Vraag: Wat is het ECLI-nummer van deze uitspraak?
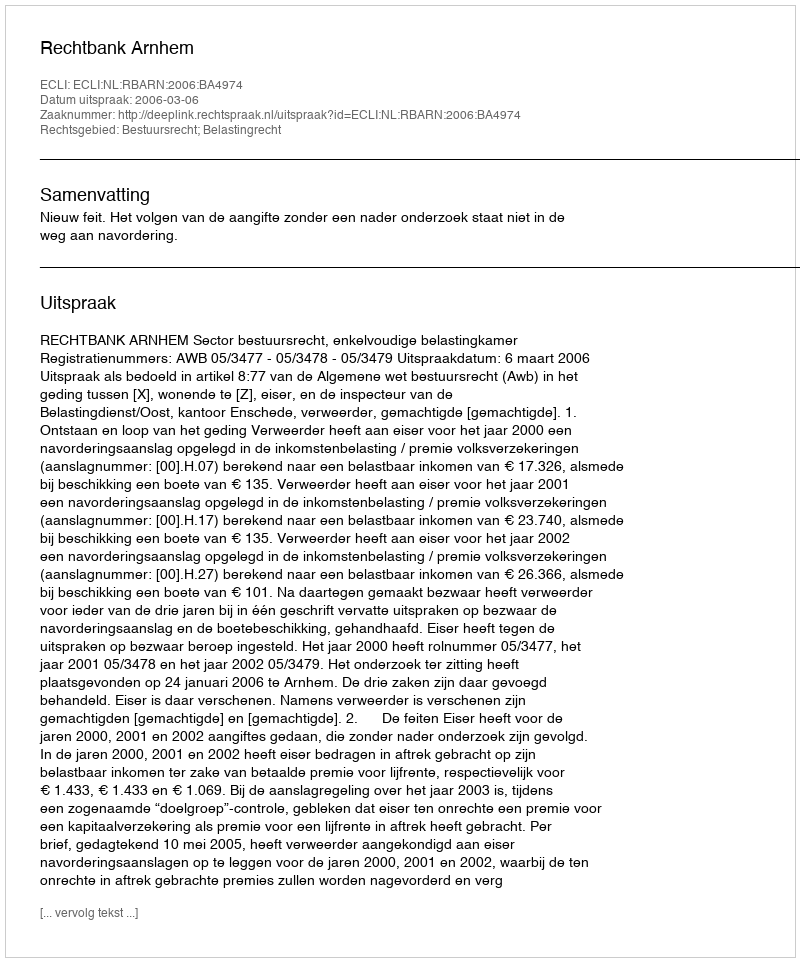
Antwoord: ECLI:NL:RBARN:2006:BA4974